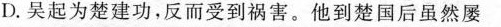
D.吴起为楚建功，反而受到祸害。他到楚国后虽然屡